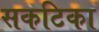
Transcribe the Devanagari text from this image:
सकटिका